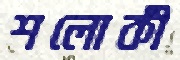
শলোকী